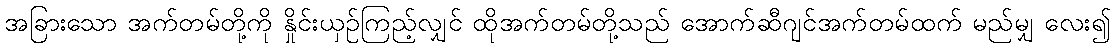
အခြားသော အက်တမ်တို့ကို နှိုင်းယှဉ်ကြည့်လျှင် ထိုအက်တမ်တို့သည် အောက်ဆီဂျင်အက်တမ်ထက် မည်မျှ လေး၍